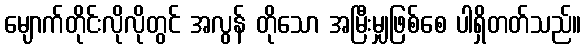
မျောက်တိုင်းလိုလိုတွင် အလွန် တိုသော အမြီးမျှဖြစ်စေ ပါရှိတတ်သည်။